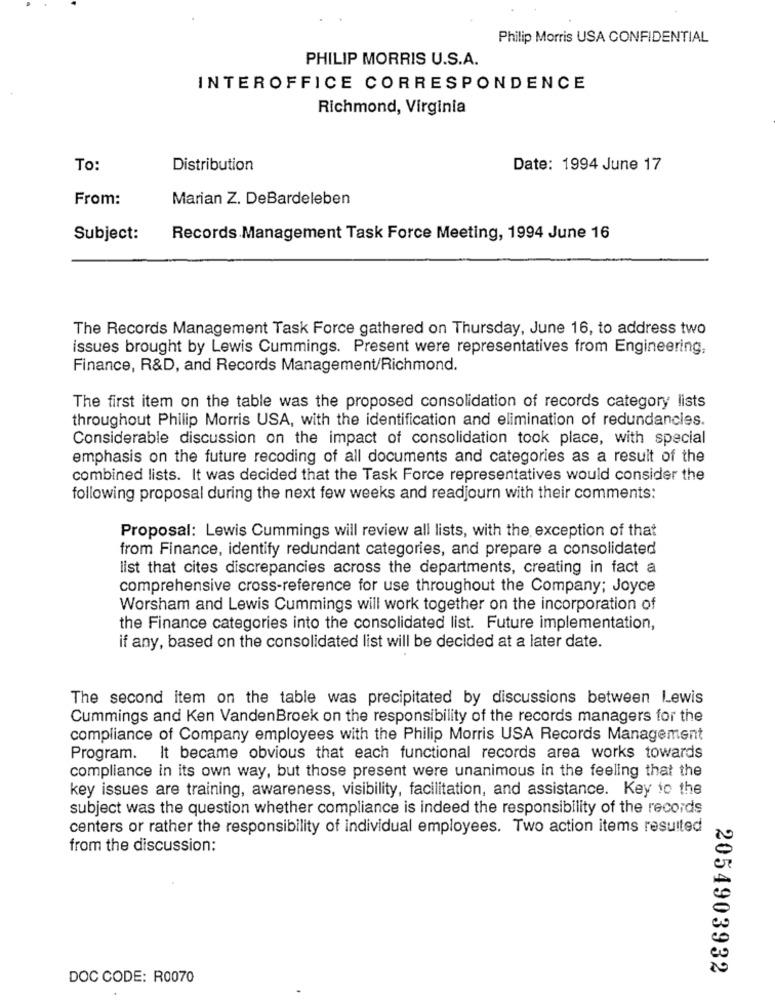
Philip Morris USA CONFIDENTIAL
PHILIP MORRIS U.S.A.
INTEROFFICE CORRESPONDENCE
Richmond, Virginia
To:
Distribution
Date: 1994 June 17
From:
Marian Z. DeBardeleben
Subject:
Records Management Task Force Meeting, 1994 June 16
The Records Management Task Force gathered on Thursday, June 16, to address two
issues brought by Lewis Cummings. Present were representatives from Engineering.
Finance, R&D, and Records Management/Richmond.
The first item on the table was the proposed consolidation of records category lists
throughout Philip Morris USA, with the identification and elimination of redundancies.
Considerable discussion on the impact of consolidation took place, with special
emphasis on the future recoding of all documents and categories as a result of the
combined lists. It was decided that the Task Force representatives would consider the
following proposal during the next few weeks and readjourn with their comments:
Proposal: Lewis Cummings will review all lists, with the exception of that
from Finance, identify redundant categories, and prepare a consolidated
list that cites discrepancies across the departments, creating in fact a
comprehensive cross-reference for use throughout the Company; Joyce
Worsham and Lewis Cummings will work together on the incorporation of
the Finance categories into the consolidated list. Future implementation,
if any, based on the consolidated list will be decided at a later date.
The second item on the table was precipitated by discussions between Lewis
Cummings and Ken VandenBroek on the responsibility of the records managers for the
compliance of Company employees with the Philip Morris USA Records Management
Program. It became obvious that each functional records area works towards
compliance in its own way, but those present were unanimous in the feeling that the
key issues are training, awareness, visibility, facilitation, and assistance. Key to the
subject was the question whether compliance is indeed the responsibility of the records
centers or rather the responsibility of individual employees. Two action items resulted
from the discussion:
2054903932
DOC CODE: R0070